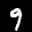
Label: 9